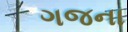
ગજના